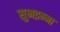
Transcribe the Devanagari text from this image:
सुभद्रम्मा